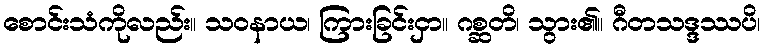
စောင်းသံကိုလည်း။ သဝနာယ၊ ကြားခြင်းငှာ။ ဂစ္ဆတိ၊ သွား၏။ ဂီတသဒ္ဒဿပိ၊